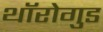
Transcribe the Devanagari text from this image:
थॉरोगुड